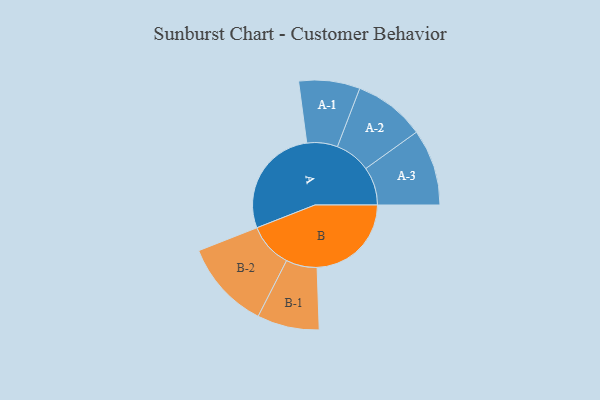
{"axis": {"x": "Segment", "y": "Value"}, "legend": ["", "A", "B"], "data": [{"x": "A", "y": 480, "type": ""}, {"x": "B", "y": 407, "type": ""}, {"x": "A-1", "y": 132, "type": "A"}, {"x": "A-2", "y": 154, "type": "A"}, {"x": "A-3", "y": 165, "type": "A"}, {"x": "B-1", "y": 134, "type": "B"}, {"x": "B-2", "y": 192, "type": "B"}]}